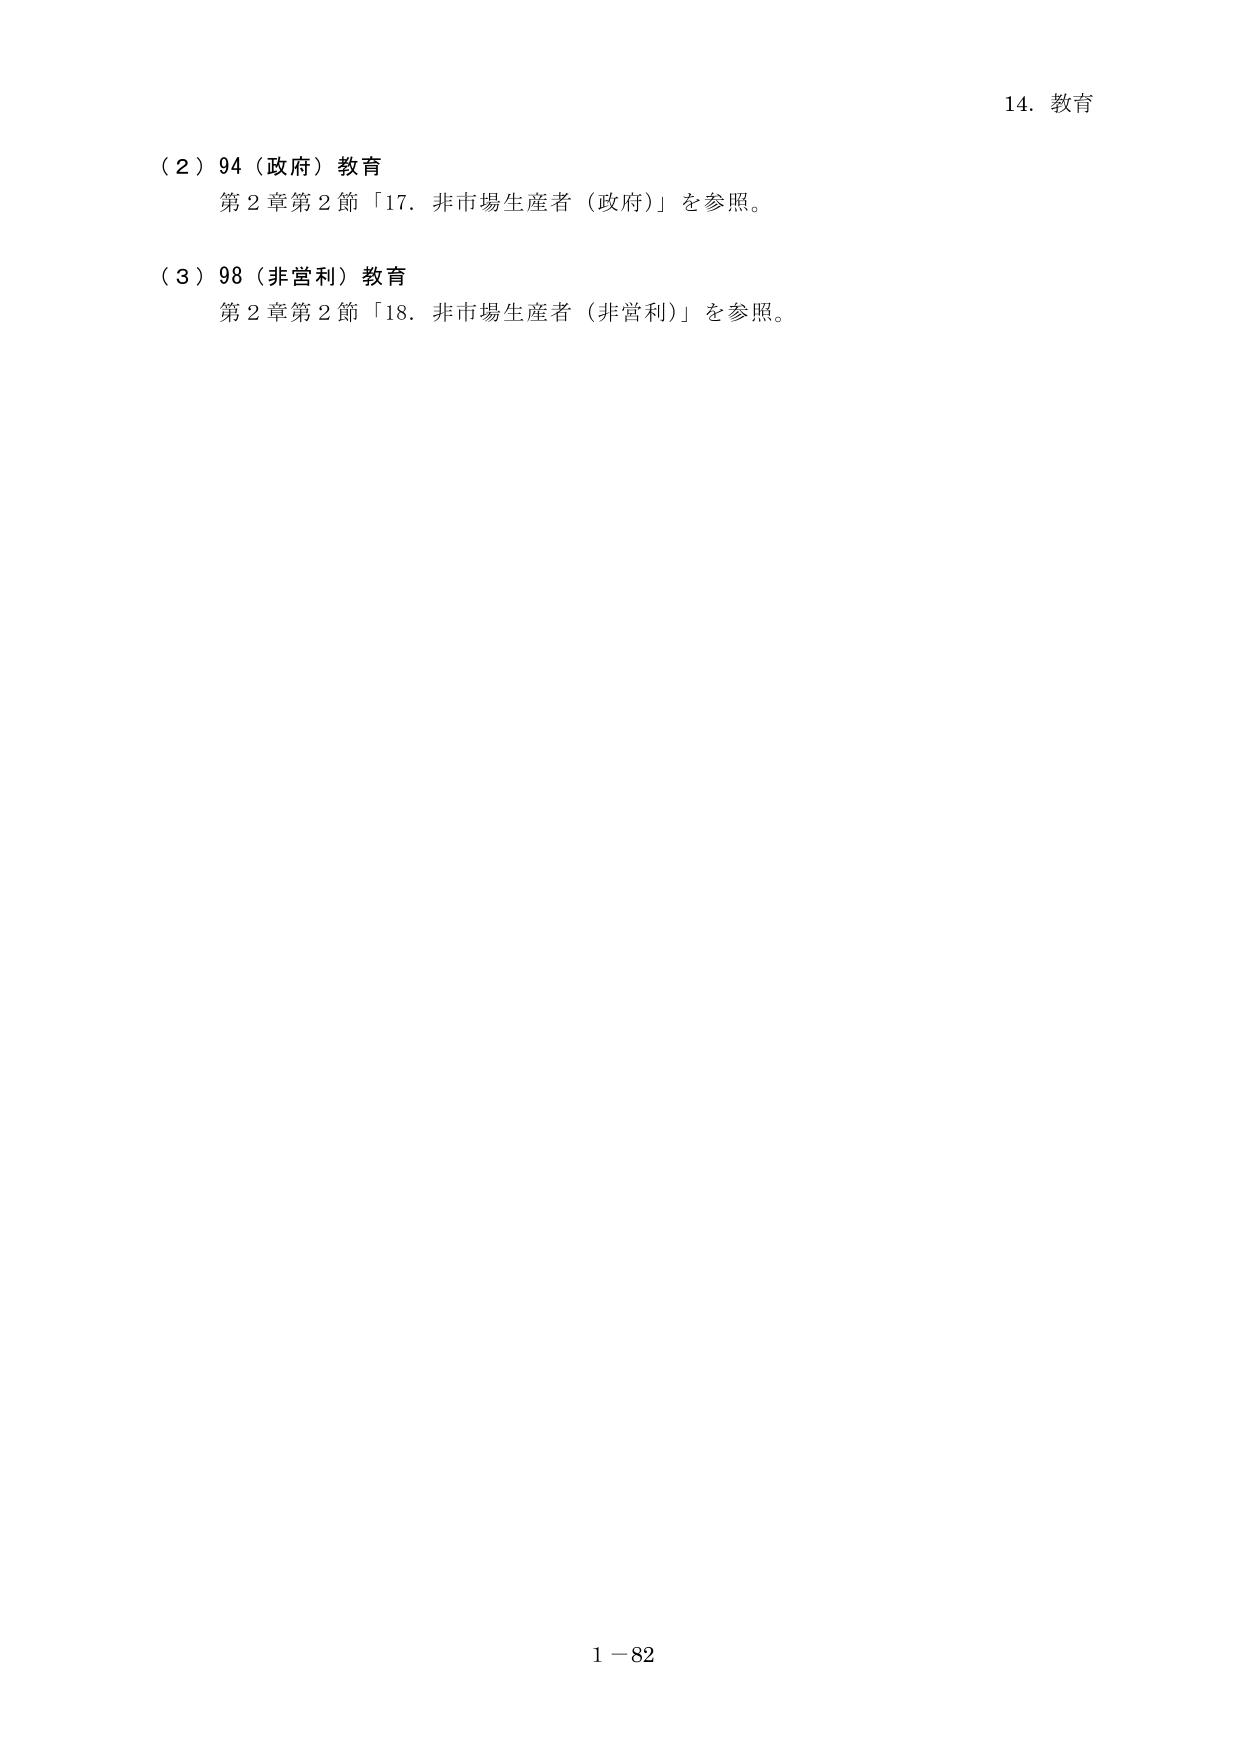
14. 教育

（2）94（政府）教育
第2章第2節「17. 非市場生産者（政府）」を参照。

（3）98（非営利）教育
第2章第2節「18. 非市場生産者（非営利）」を参照。

1－82